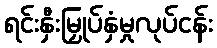
ရင်းနှီးမြှုပ်နှံမှုလုပ်ငန်း